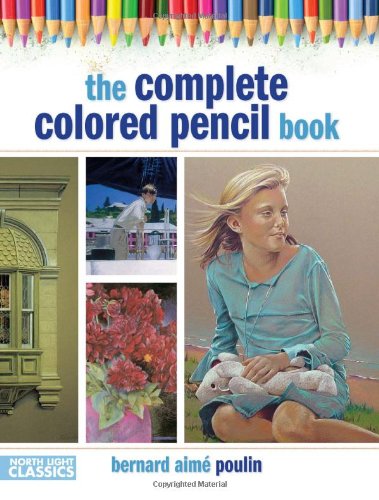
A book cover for The Complete Colored Pencil Book; Bernard Poulin; Arts & Photography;